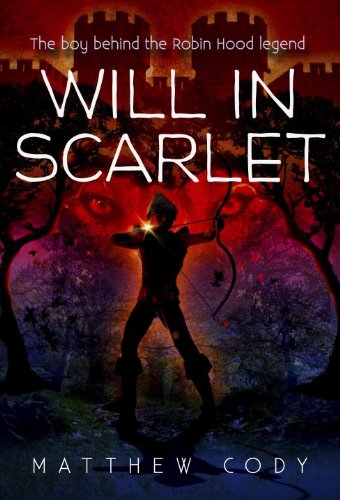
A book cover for Will in Scarlet; Matthew Cody; Children's Books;